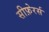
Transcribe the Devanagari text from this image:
सीफ़ेरर्स